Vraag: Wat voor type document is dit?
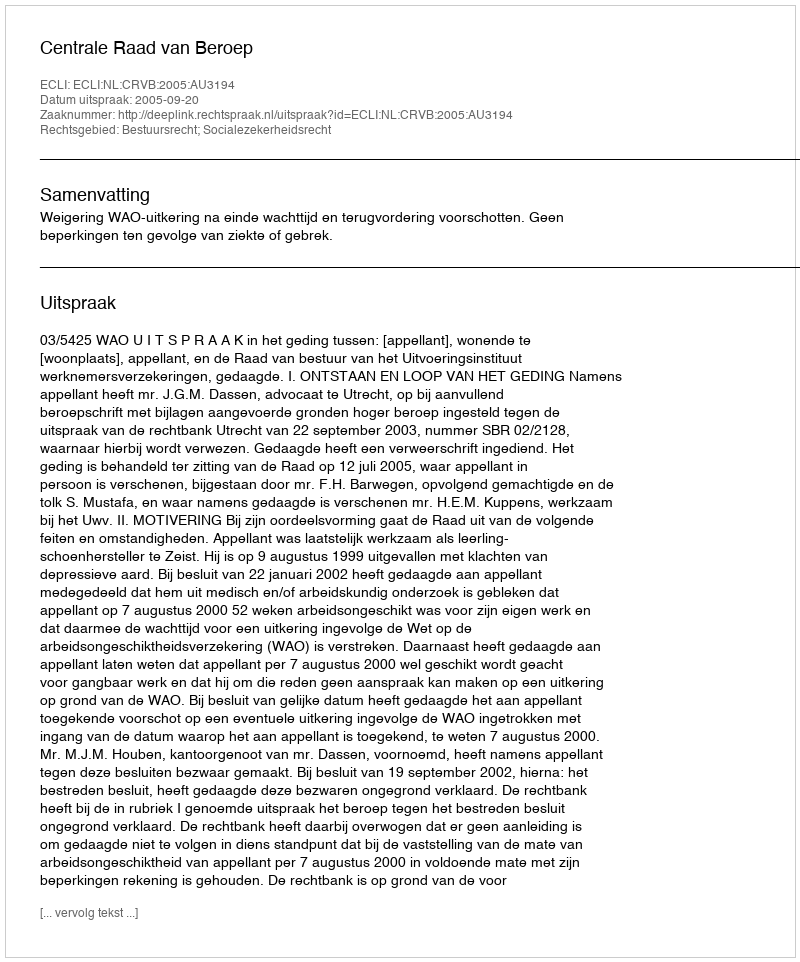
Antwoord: Uitspraak